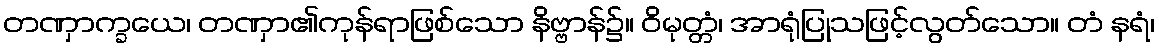
တဏှာက္ခယေ၊ တဏှာ၏ကုန်ရာဖြစ်သော နိဗ္ဗာန်၌။ ဝိမုတ္တံ၊ အာရုံပြုသဖြင့်လွတ်သော။ တံ နရံ၊